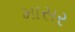
માસર